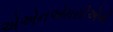
એએનએમસીએબી